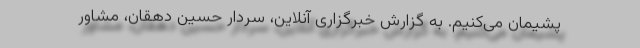
پشیمان می‌کنیم. به گزارش خبرگزاری آنلاین، سردار حسین دهقان، مشاور